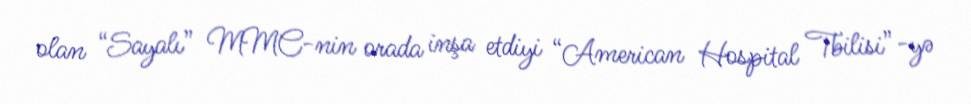
olan “Sayalı” MMC-nin orada inşa etdiyi “American Hospital Tbilisi”-yə